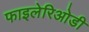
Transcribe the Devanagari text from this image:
फाइलेरिओडी